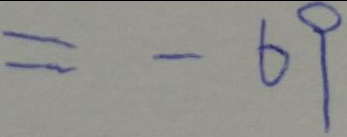
= - 6 9